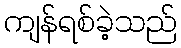
ကျန်ရစ်ခဲ့သည်